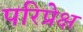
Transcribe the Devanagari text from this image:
परिप्रेक्ष